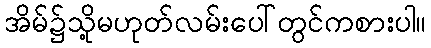
အိမ်၌သို့မဟုတ်လမ်းပေါ်တွင်ကစားပါ။